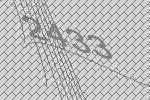
2433